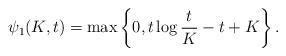
LaTeX: \begin{align*}\psi_1(K, t)=\max\left\{0, t\log \frac{t}{K}-t+K\right\}.\end{align*}